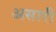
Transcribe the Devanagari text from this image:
असारी